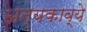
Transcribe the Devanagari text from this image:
अन्यकाव्ये